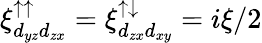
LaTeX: \xi_{d_{yz}d_{zx}}^{\uparrow\uparrow}=\xi_{d_{zx}d_{xy}}^{\uparrow\downarrow}=i\xi/2